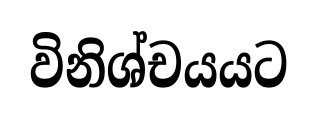
විනිශ්චයයට